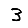
Digit: 3